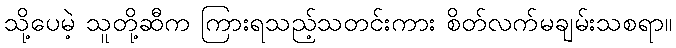
သို့ပေမဲ့ သူတို့ဆီက ကြားရသည့်သတင်းကား စိတ်လက်မချမ်းသစရာ။